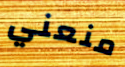
منعني